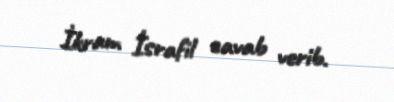
İkram İsrafil cavab verib.